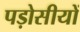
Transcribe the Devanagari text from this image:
पड़ोसीयों